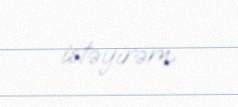
istəyirəm.